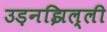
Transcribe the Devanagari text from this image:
उड़नझिल्ली